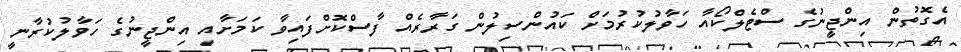
އެގޮތުން އިންޖީނުގެ ސްޓެލްކޯއާ ހަވާލުކުރުމަށް ކައުންސިލުން ގަރާރެއް ފާސްކޮށްފައިވާ ކަމަށާއި އިންޖީނުގެ ހަވާލުކުރާނީ